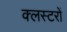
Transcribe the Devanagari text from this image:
क्लस्टरों